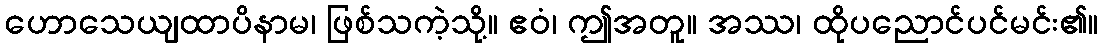
ဟောသေယျထာပိနာမ၊ ဖြစ်သကဲ့သို့။ ဧဝံ၊ ဤအတူ။ အဿ၊ ထိုပညောင်ပင်မင်း၏။